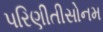
પરિણીતીસોનમ